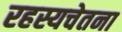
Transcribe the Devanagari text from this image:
रहस्यचेतना